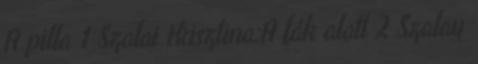
A pilla 1 Szalai Krisztina:A fák alatt 2 Szalay